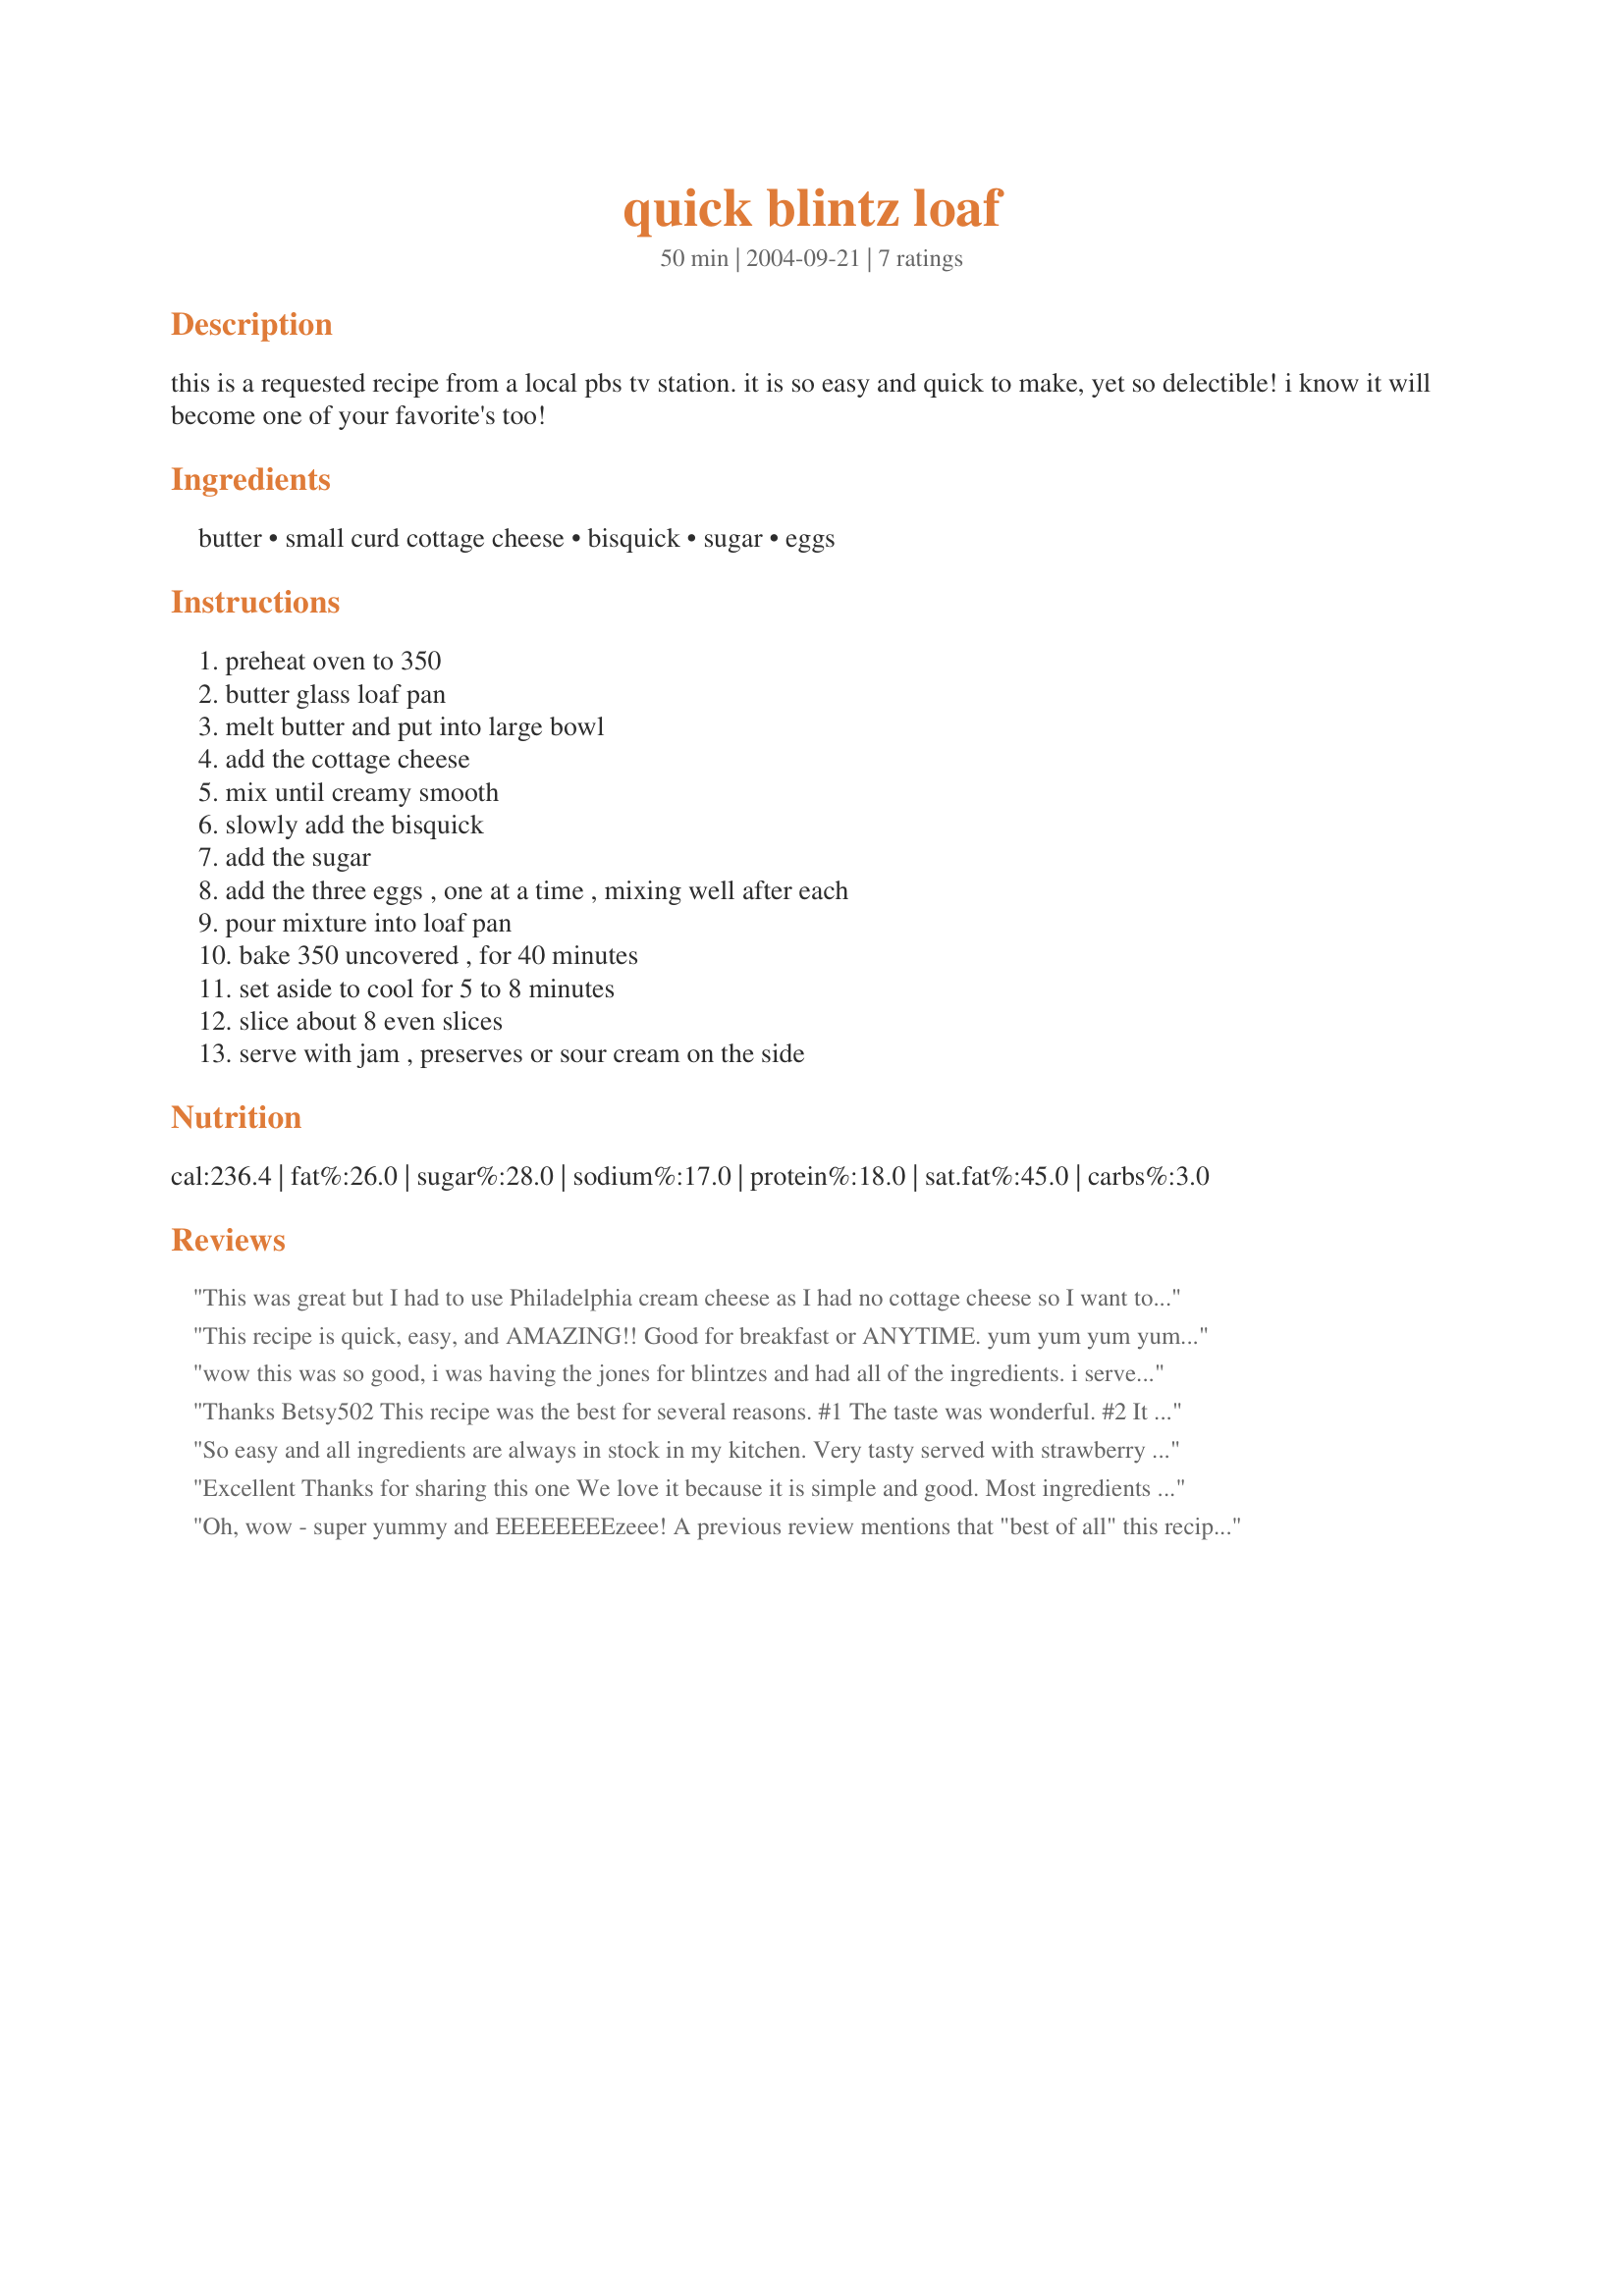
quick blintz loaf
Preparation time: 50 minutes

this is a requested recipe from a local pbs tv station. it is so easy and quick to make, yet so delectible! i know it will become one of your favorite's too!

Ingredients:
butter, small curd cottage cheese, bisquick, sugar, eggs

Steps:
preheat oven to 350, butter glass loaf pan, melt butter and put into large bowl, add the cottage cheese, mix until creamy smooth, slowly add the bisquick, add the sugar, add the three eggs , one at a time , mixing well after each, pour mixture into loaf pan, bake 350 uncovered , for 40 minutes, set aside to cool for 5 to 8 minutes, slice about 8 even slices, serve with jam , preserves or sour cream on the side

Reviews:
This was great but I had to use Philadelphia cream cheese as I had no cottage cheese so I want to do it again using the correct ingredient . It tasted like a cheesecake with the texture of a madeira type cake. I served it with fruit and cream for dessert and I have since noticed that most of it has gone. I am looking forward to making this again and eating it again - thanks to BB502.
This recipe is quick, easy, and AMAZING!! Good for breakfast or ANYTIME. yum yum yum yum...
wow this was so good, i was having the jones for blintzes and had all of the ingredients. i served this with warm cherry pie filling, the lite kind from a can and it was really good. DH does not care for blintzes, but he scarfed this down!!!!!
Thanks Betsy502 This recipe was the best for several reasons. #1 The taste was wonderful. #2 It was so easy to make. #3 I did not need my crepe pan. and the best of all it was not fried.This one is a keeper.

So easy and all ingredients are always in stock in my kitchen. Very tasty served with strawberry preserves, almost as good as cheesecake, LOL! Thanks for posting a keeper Betsy! Made for Zaar Cookbook Tag.
Excellent
Thanks for sharing this one
We love it because it is simple and good.
Most ingredients are already in the house.
Oh, wow - super yummy and EEEEEEEEzeee! A previous review mentions that "best of all" this recipe isn't fried. Perhaps she's assuming there are health benefits because of that, but honestly... once you've dumped in half a cup of butter, it's probably got more fat in it than anything fried would. And you can taste every drop - mmm... a delightful dish for Yom Tov, but probably deadly on a regular basis. :-)
